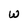
Character: W